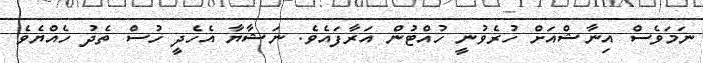
ނަމަވެސް އިނާޝްއަށް ހުރެވުނީ ހުއްޓުން އަރާފައެވެ. ނަޝާޔާ އެހެދީ ހުސް ތެދު ހެއްޔެވެ